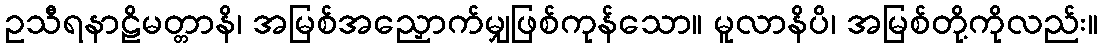
ဥသီရနာဠိမတ္တာနိ၊ အမြစ်အညှောက်မျှဖြစ်ကုန်သော။ မူလာနိပိ၊ အမြစ်တို့ကိုလည်း။